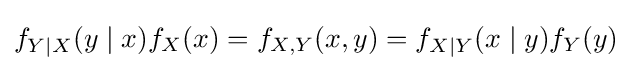
f_{Y\mid X}(y\mid x)f_{X}(x)=f_{X,Y}(x,y)=f_{X|Y}(x\mid y)f_{Y}(y)